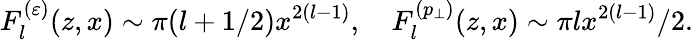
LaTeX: F_{l}^{(\varepsilon)}(z,x)\sim\pi(l+1/2)x^{2(l-1)},\quad F_{l}^{(p_{\perp})}(z,x)\sim\pi lx^{2(l-1)}/2.